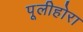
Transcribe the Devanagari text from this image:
पूलीहोरा